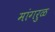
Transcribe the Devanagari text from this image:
मांगरुळ